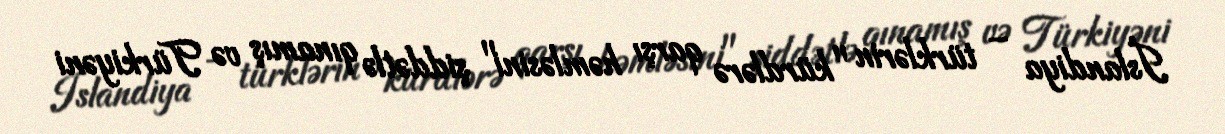
İslandiya – türklərin "kürdlərə qarşı həmləsini" şiddətlə qınamış və Türkiyəni